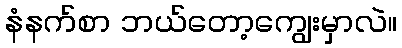
နံနက်စာ ဘယ်တော့ကျွေးမှာလဲ။